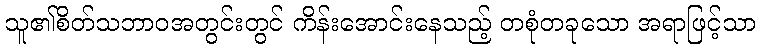
သူ၏စိတ်သဘာဝအတွင်းတွင် ကိန်းအောင်းနေသည့် တစုံတခုသော အရာဖြင့်သာ